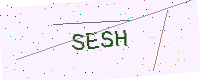
Text: SESH